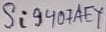
Text: Si9407AEY